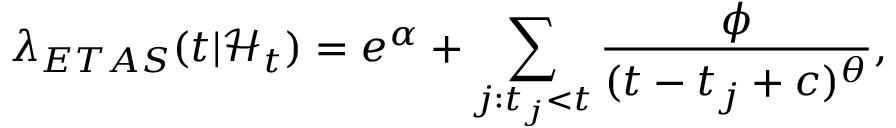
\lambda _ { E T A S } ( t | \mathcal { H } _ { t } ) = e ^ { \alpha } + \sum _ { j : t _ { j } < t } \frac { \phi } { ( t - t _ { j } + c ) ^ { \theta } } ,